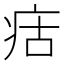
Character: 㽽